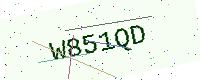
Text: W851QD